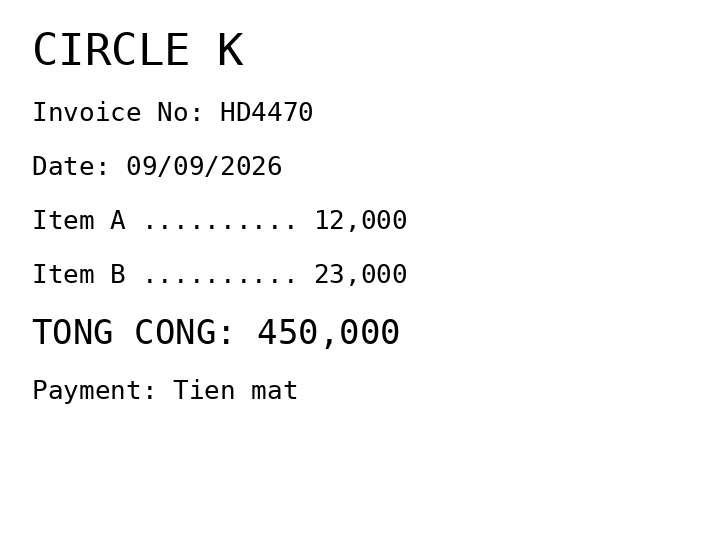
CIRCLE K
Invoice No: HD4470
Date: 09/09/2026
Item A .......... 12,000
Item B .......... 23,000
TONG CONG: 450,000
Payment: Tien mat
Merchant: circle k
Date: 2026-09-09
Total: 450000
Invoice No: HD4470
Payment method: CASH